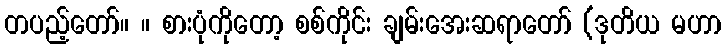
တပည့်တော်။ ။ စားပုံကိုတော့ စစ်ကိုင်း ချမ်းအေးဆရာတော် (ဒုတိယ မဟာ